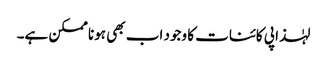
لہٰذا پی کائنات کا وجود اب بھی ہونا ممکن ہے۔